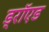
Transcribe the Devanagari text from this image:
ड्रॉएड